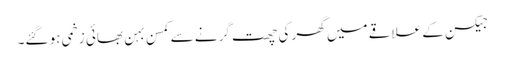
جیکسن کے علاقے میں گھر کی چھت گرنے سے کمسن بہن بھائی زخمی ہو گئے۔